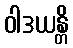
ဝါဒယန္တိ